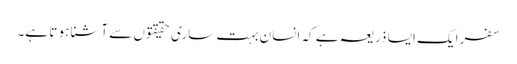
سفر ایک ایسا ذریعہ ہے کہ انسان بہت ساری حقیقتوں سے آشنا ہو تا ہے۔